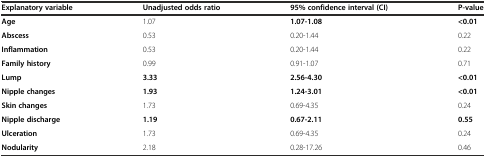
| Explanatory variable | Unadjusted odds ratio | 95% confidence interval (CI) | P-value |
 | --- | --- | --- | --- |
 | Age | 1.07 | 1.07-1.08 | <0.01 |
 | Abscess | 0.53 | 0.20-1.44 | 0.22 |
 | Inflammation | 0.53 | 0.20-1.44 | 0.22 |
 | Family history | 0.99 | 0.91-1.07 | 0.71 |
 | Lump | 3.33 | 2.56-4.30 | <0.01 |
 | Nipple changes | 1.93 | 1.24-3.01 | <0.01 |
 | Skin changes | 1.73 | 0.69-4.35 | 0.24 |
 | Nipple discharge | 1.19 | 0.67-2.11 | 0.55 |
 | Ulceration | 1.73 | 0.69-4.35 | 0.24 |
 | Nodularity | 2.18 | 0.28-17.26 | 0.46 |